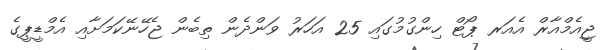
ޖީއެމްއާރް އެއަރ ޕޯޓް ހިންގުމުގައި 25 އަހަރު ވަންދެން ތިބެން ޖެހޭނޭކަމަށާއި އެމްޑީޕީގެ